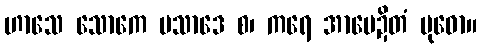
ဟာသေ သောကေ ပသာဒေ စ၊ ကရေ အာမေဍိတံ ဗုဓော။